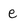
Character: e